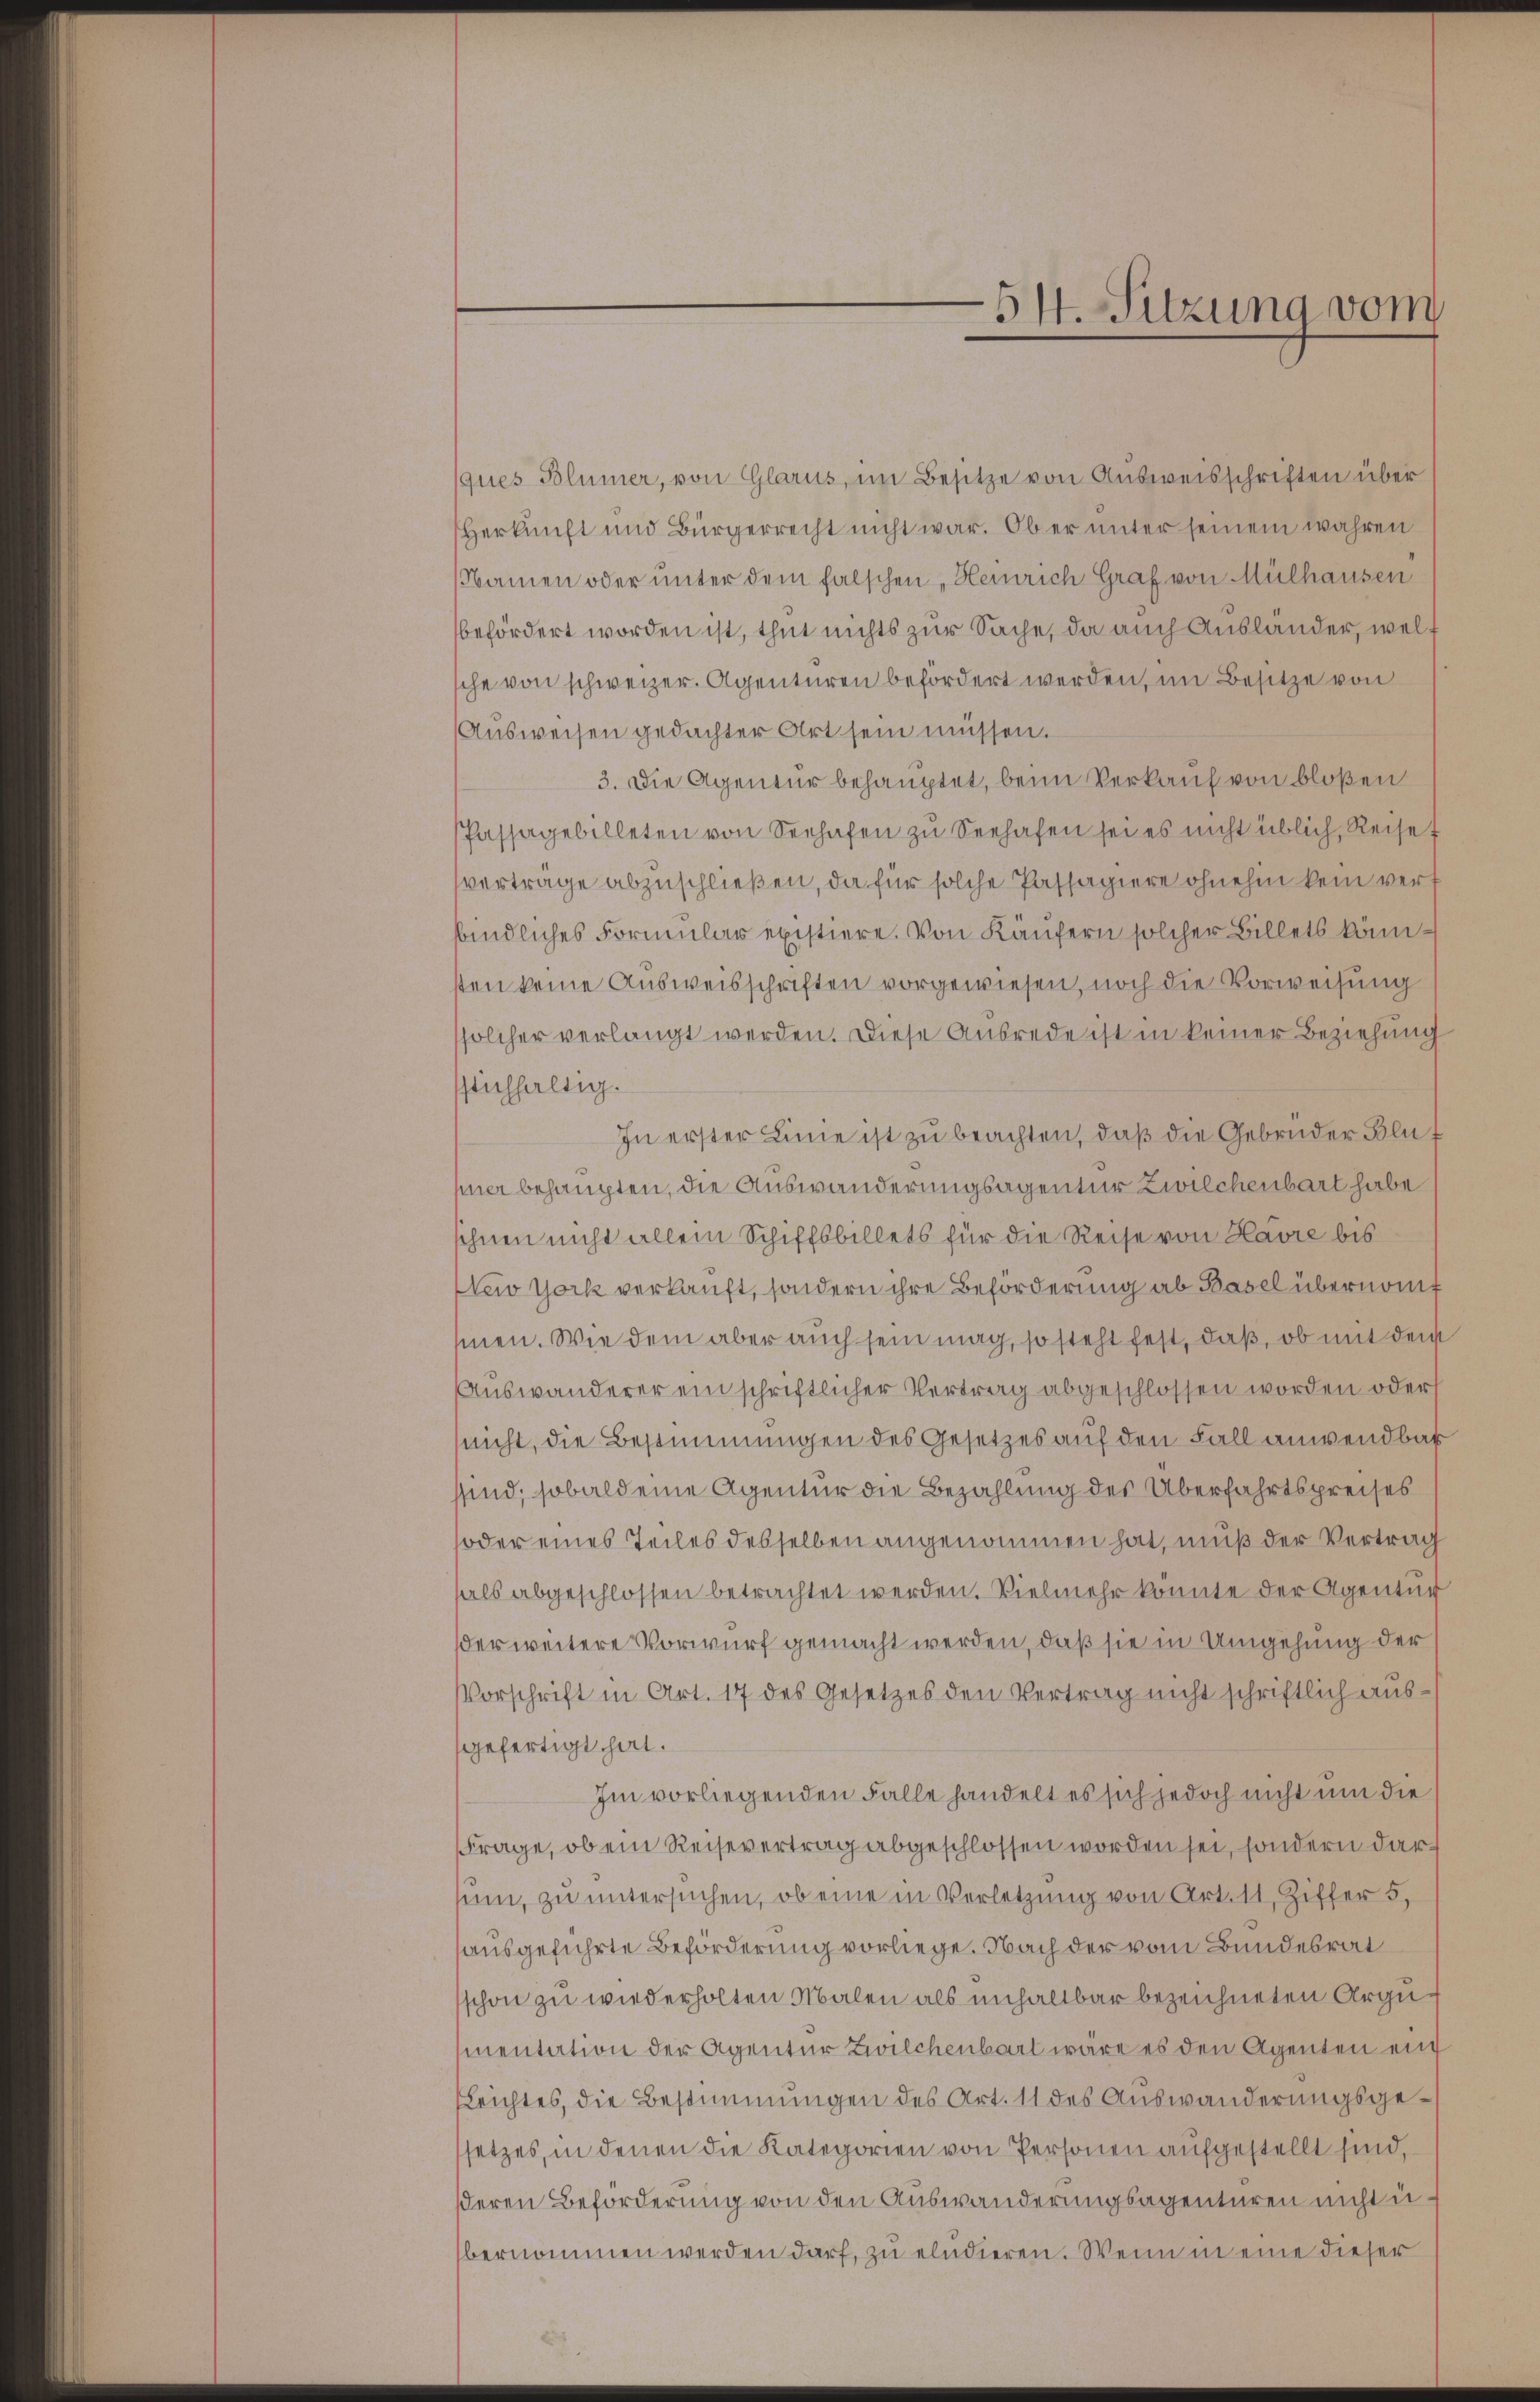
ques Blümer, von Glarus, im Besitze von Aŭsweisschriften über
Herkunft und Bürgerrecht nicht war. Ob er unter seinem wahren
Namen oder unter dem falschen „Heinrich Graf von Mülhausen
befördert worden ist, thut nichts zur Sache, da auch Ausländer, welt
sche von schweizer. Agenturen befördert werden, im Besitze von
Ausweisen gedachter Art sein müssen.
3. Die Agentur behauptet, beim Verkauf von bloßen
Passagebilleten von Seehafen zŭ Seehafen sei es nicht üblich, Reise f
verträge abzuschließen, da für solche Passagiere ohnehin kein verbindliches Formular existiere. Von Käufern solcher Billets könnsten keine Ausweisschriften vorgewiesen, noch die Vorweisung
solcher verlangt werden. Diese Ausrede ist in keiner Beziehung
seichfaltig.
In erster Linie ist zu beachten, daß die Gebrüder Blut
mner behaupten, die Auswanderungsagentur Zwilchenbart habe
ihnen nicht allein Schiffsbillets für die Reise von Havre bis
New York verkauft, sondern ihre Beförderung ab Basel übernomt
men. Wie dem aber auch sein mag, so steht fest, daß, ob mit den
Auswanderer ein schriftlicher Vertrag abgeschlossen worden oder
nicht, die Bestimmungen des Gesetzes auf den Fall anwendbar
sind, sobald eine Agentur die Bezahlung des Überfahrtspreises
soder eines Teiles desselben angenommen hat, muß der Vertrag
als abgeschlossen betrachtet werden. Vielmehr konnte der Agentur
der weitere Vorwurf gemacht werden, daß sie in Umgehung der
VVorschrift in Art. 17 des Gesetzes den Vertrag nicht schriftlich ausgefertigt hat.
Im vorliegenden Falle handelt es sich jedoch nicht um die
Frage, ob ein Reisevertrag abgeschlossen worden sei, sondern darsum, zu untersuchen, ob eine in Verletzung von Art. 11, Ziffer 5.
ausgeführte Beförderung vorliege. Nach der vom Bundesrat
schon zu wiederholten Malen als unhaltbar bezeichneten Argu
mentation der Agentur Zwilchenbart wäre es den Agenten ein
Leichtes, die Bestimmungen des Art. 11 des Auswanderungsgesetzes, in denen die Kategorien von Personen aufgestellt sind,
ßeren Beförderung von den Auswanderungsagenturen nicht u.
bernommen werden darf, zu eludieren. Wenn in eine dieser

54. Sitzung von